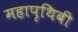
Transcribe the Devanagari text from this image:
महापृथिबी